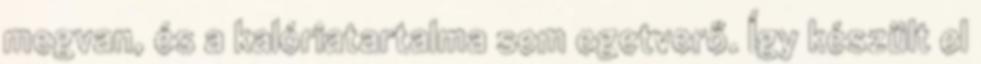
megvan, és a kalóriatartalma sem egetverő. Így készült el